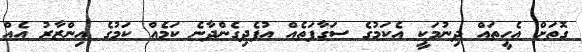
ގޮތަށް އެހީތައް ދިނުމަކީ އެކަމުގެ ސަގާފަތެއް އުފެދިގެންދާނެ ކަމެއް ކަމުގެ އިންޒާރު އެއް